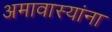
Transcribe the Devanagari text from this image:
अमावास्यांना